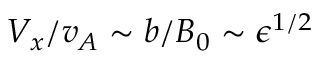
V _ { x } / v _ { A } \sim b / B _ { 0 } \sim \epsilon ^ { 1 / 2 }